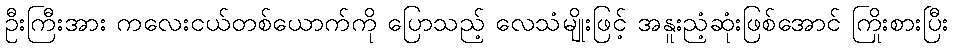
ဦးကြီးအား ကလေးငယ်တစ်ယောက်ကို ပြောသည့် လေသံမျိုးဖြင့် အနူးညံ့ဆုံးဖြစ်အောင် ကြိုးစားပြီး